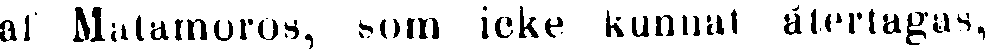
af Matamoros, som icke kunnat återtagas,